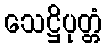
သေဋ္ဌိပုတ္တံ